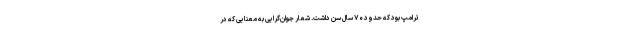
ترامپ بود که حدود ۷۰ سال سن داشت. شعار جوان‌گرایی به معنایی که در